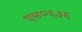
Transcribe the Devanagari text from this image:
एस०६३६